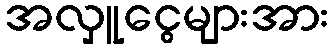
အလှူငွေများအား